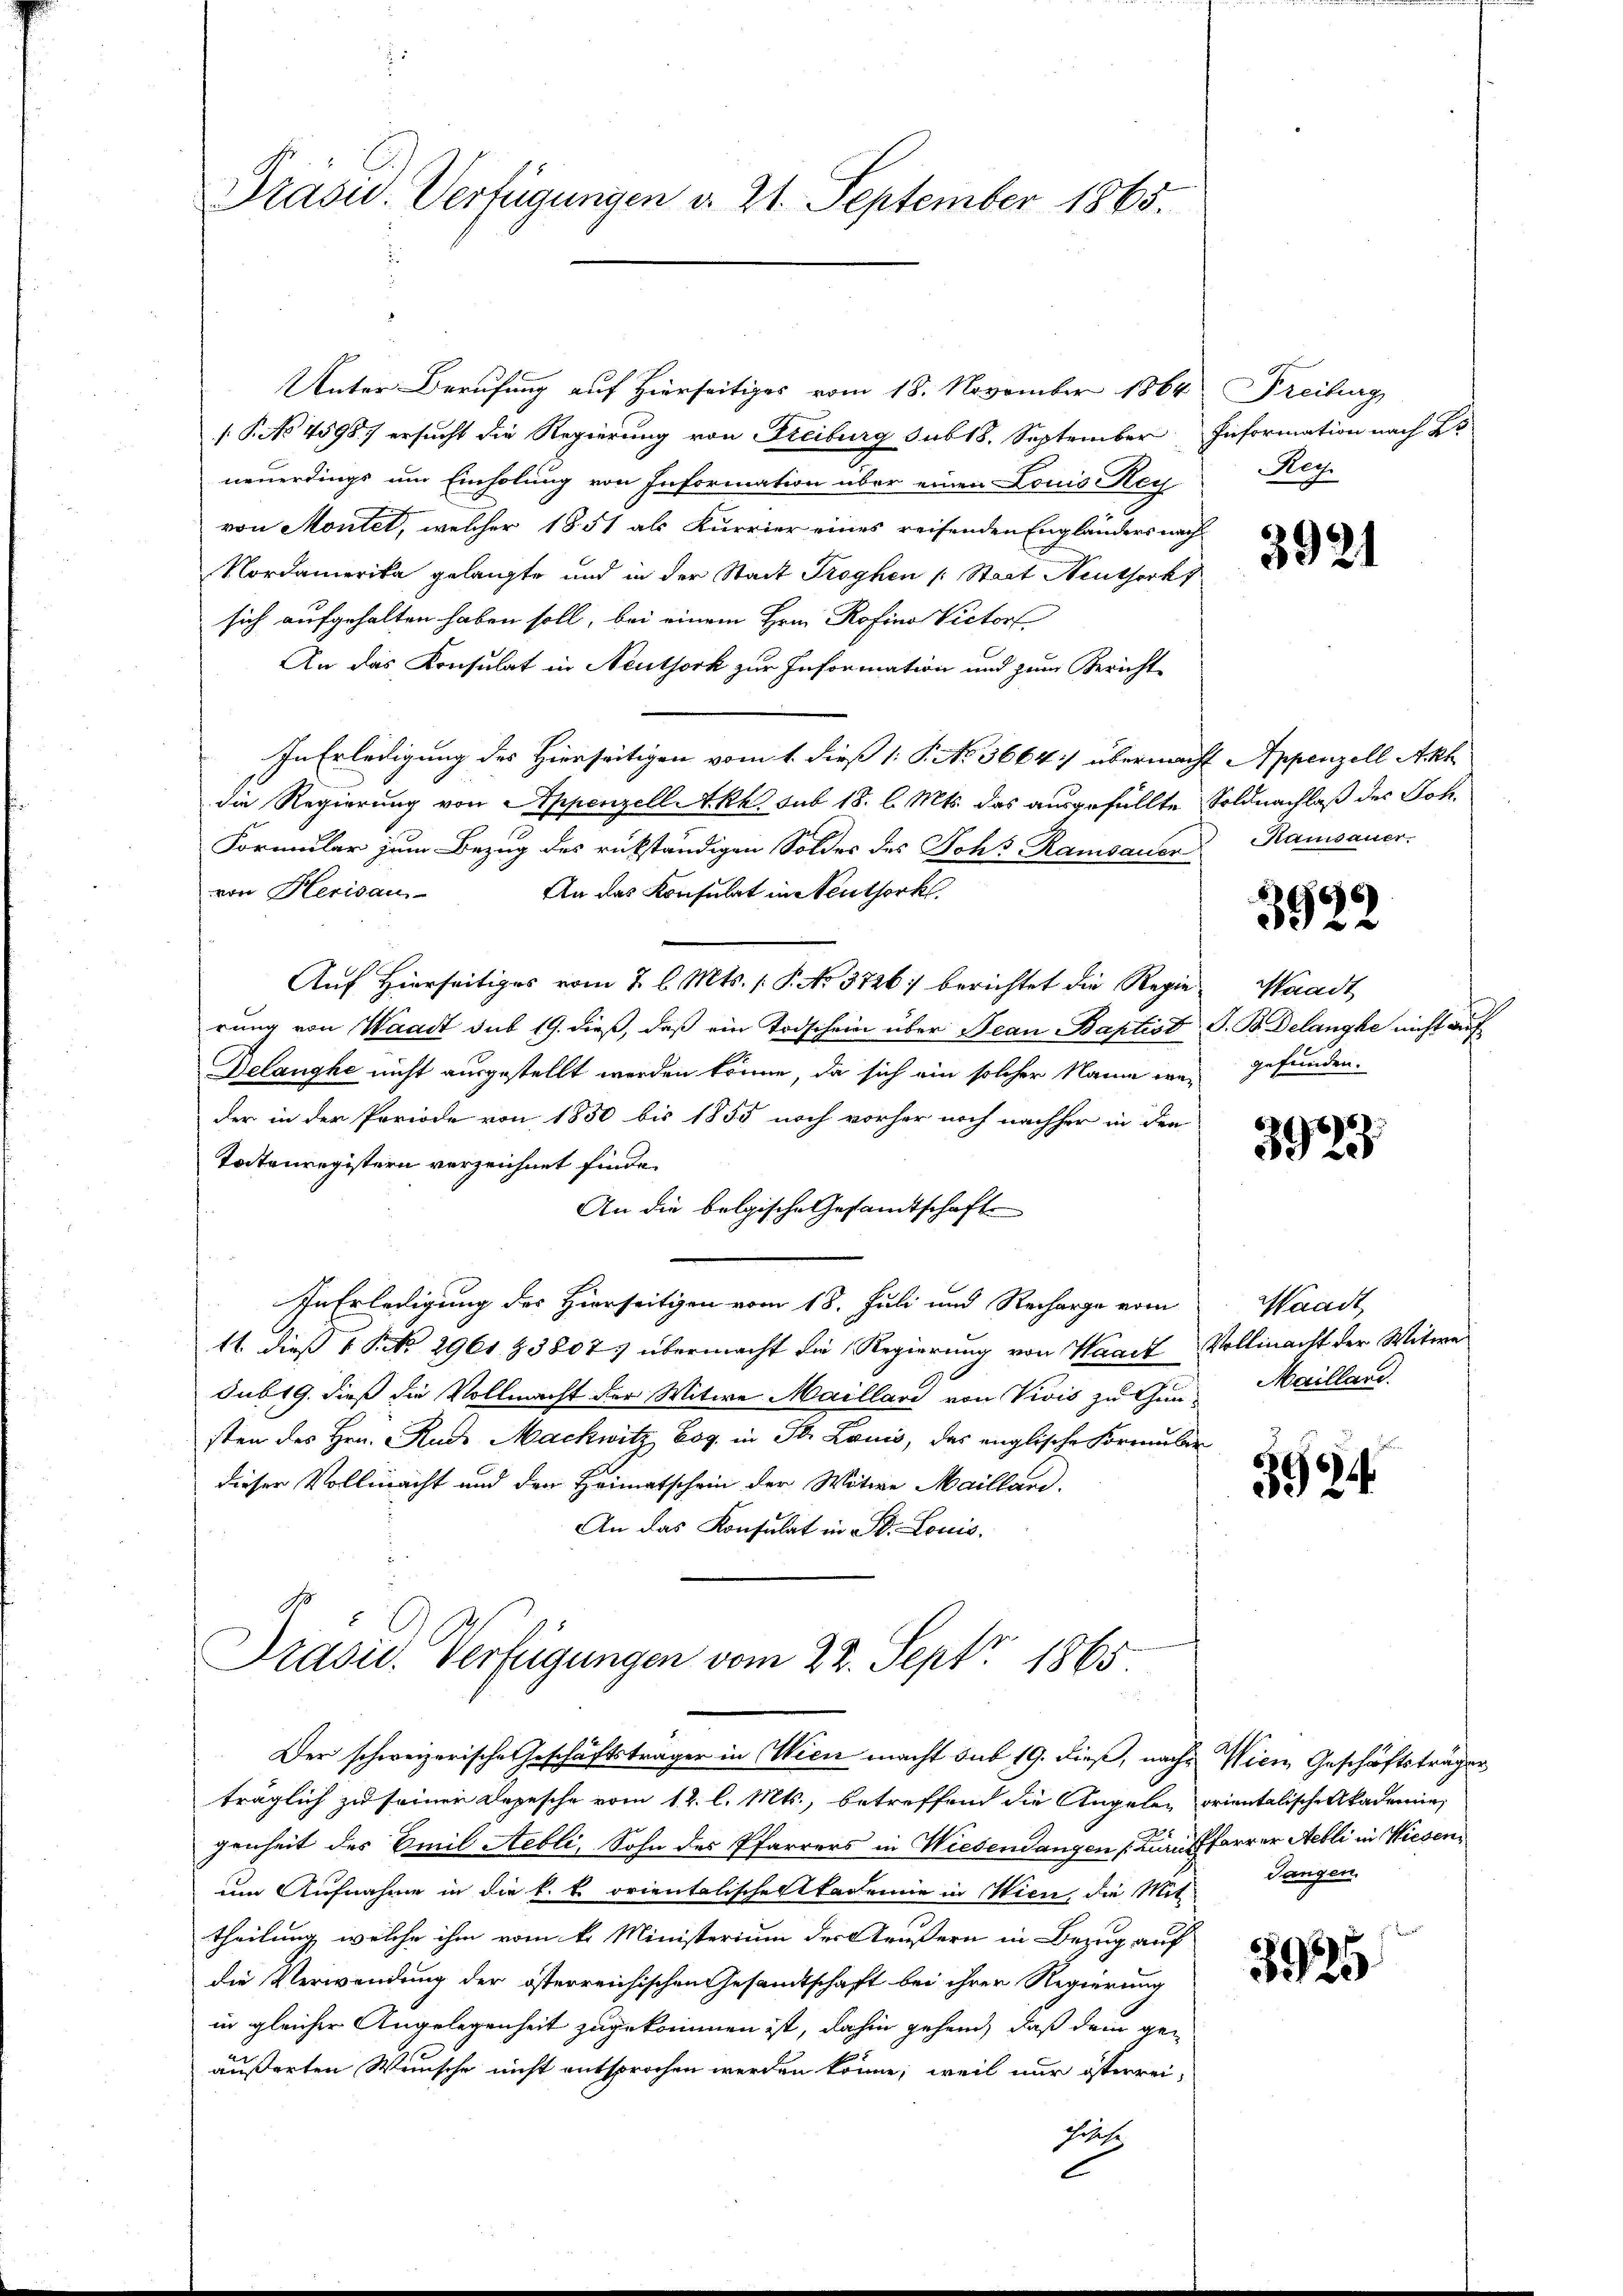
Präsid.. Verfügungen d. 21. September 1865.

Unter Berufung auf Hierseitiges vom 18. November 1864
[ P. No 45987 ersucht die Regierung von Freiburg sub 18. September Information nach Br
neuerdings um Einholung von Information über einen Louis Reg
von Montel, welcher 1851 als Kurrier eines reisenden Engländers nach
Nordamerika gelangte und in der Stadt Trophen (: Staat Neuthork
sich aufgehalten haben soll, bei einem Hrn. Rofino Victor
An das Konsulat in Neuthork zur Information und zum Bericht
In Erledigung des Hierseitigen vom 1. dieß (: P. No. 5664. übermacht Appenzell Akh
die Regierung von Appenzell Akk sub 18. l. Mts. das ausgefüllte Soldnachlaß des Joh¬
Formular zum Bezug des rükständigen Soldes des Johs. Ramsauer Ramsauer.
von Herisau
An das Konsulat in Neuthork
Auf Hierseitiges vom 2. l. Mts. P. No. 3726) berichtet die Regierung von Waadt sub 19. dieß, daß ein Todschein über Jean Baptist G. B. Delangke nicht auf
Gelanghe nicht ausgestellt werden könne, da sich ein solcher Name weder in der Periode von 1850 bis 1855 noch vorher noch nachher in den
Todtenregistern verzeichnet finde.
An die belgische Gesandtschaft
In Erledigung der Hierseitigen vom 18. Juli und Recharge vom
11. dieß P. Nr. 2961 § 3807 übermacht die Regierung von Waadt, Vollmacht der Witwe
sub 19. dieß die Vollmacht der Witwe Maillard von Vivis zu Gun-
sten des Hrn. Rude Machwitz Eog. in St. Lauis, das englische Formular
dieser Vollmacht und den Heimatschein der Witwe Mailland.
An das Konsulat in St. Louis.

Präsid. Verfügungen vom 28. Sept 1865

Der schweizerische Geschäftsträger in Wien macht sub 19. dieß, nachträglich zu seinen Depesche vom 12. l. Mts., betreffend die Angelen orientalische Akademie
genheit des Emil Aebli, Sohn des Pfarrers in Wiesendangen Käufffarrer Aebli in Wiesenum Aufnahme in die k. k. orientalischektkademie in Wien, die Mit
theilung welche ihm vom k. Ministerium der Aeußern in Bezug auf
die Verwendung der österreichischen Gesandtschaft bei ihrer Regierung
in gleicher Angelegenheit zugekommen ist, dahin gehend, daß dem ge-
äußerten Wunsche nicht entsprochen werden könne; weil nur österrei-
Ehrsche
C

Freiburg
Heg

3921

3922

Waadt
gefunden.

3923

Waadt
Mailland.

3984.

Wien Geschäftsträger
Tangen.

3925